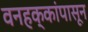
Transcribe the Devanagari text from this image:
वनहक्कांपासून